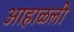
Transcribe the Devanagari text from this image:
आहाळली